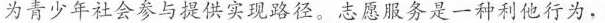
为青少年社会参与提供实现路径。志愿服务是一种利他行为，